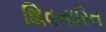
શિવનારિન